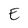
Character: E